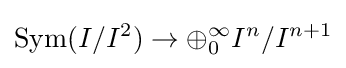
\operatorname {Sym} (I/I^{2})\to \oplus _{0}^{\infty }I^{n}/I^{n+1}